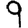
Digit: 9